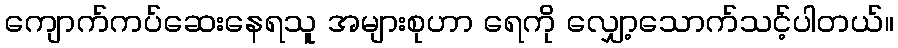
ကျောက်ကပ်ဆေးနေရသူ အများစုဟာ ရေကို လျှော့သောက်သင့်ပါတယ်။